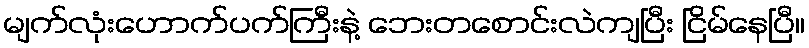
မျက်လုံးဟောက်ပက်ကြီးနဲ့ ဘေးတစောင်းလဲကျပြီး ငြိမ်နေပြီ။